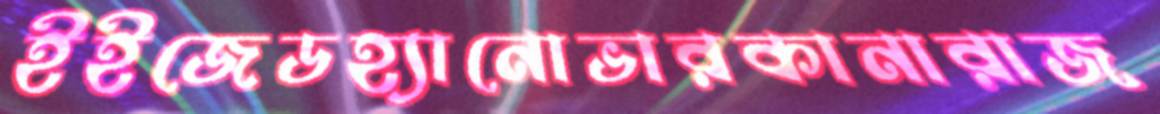
ইইজেডহ্যানোভারকানারাজ